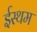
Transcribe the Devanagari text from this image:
ईस्थम